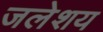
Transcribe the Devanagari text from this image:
जलेशय